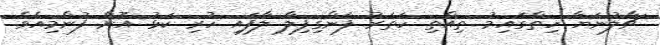
ޗާލުނަޔާ ހިތްގައިމު ތިއްތި ހަތަރު ފަންގިފިލާ ލާފައި ހުރި ކަޅު އޮށް ފުންމިއެވެ.